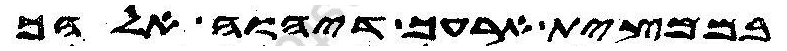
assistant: בממצית ארעך דיהוה אלהך